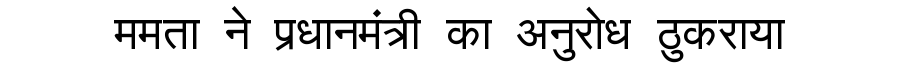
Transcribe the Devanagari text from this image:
ममता ने प्रधानमंत्री का अनुरोध ठुकराया